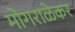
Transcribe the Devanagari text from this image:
मोगराळेकर